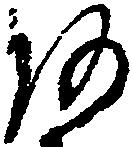
あ